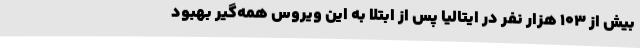
بیش از 103 هزار نفر در ایتالیا پس از ابتلا به این ویروس همه‌گیر بهبود